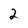
Character: 2